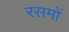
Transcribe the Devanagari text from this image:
रसमों